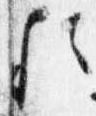
歟